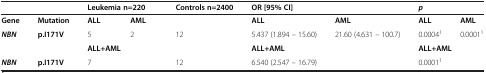
<table><thead><tr><td><b> </b></td><td><b> </b></td><td colspan="2"><b>Leukemia n=220</b></td><td><b>Controls n=2400</b></td><td colspan="2"><b>OR [95% CI]</b></td><td colspan="2"><b><i>p</i></b></td></tr></thead><tbody><tr><td><b>Gene</b></td><td><b>Mutation</b></td><td><b>ALL</b></td><td><b>AML</b></td><td> </td><td><b>ALL</b></td><td><b>AML</b></td><td><b>ALL</b></td><td><b>AML</b></td></tr><tr><td><b><i>NBN</i></b></td><td><b>p.I171V</b></td><td>5</td><td>2</td><td>12</td><td>5.437 (1.894 – 15.60)</td><td>21.60 (4.631 – 100.7)</td><td>0.0004<sup>1</sup></td><td>0.0001<sup>1</sup></td></tr><tr><td> </td><td> </td><td colspan="2"><b>ALL+AML</b></td><td> </td><td colspan="2"><b>ALL+AML</b></td><td colspan="2"><b>ALL+AML</b></td></tr><tr><td><b><i>NBN</i></b></td><td><b>p.I171V</b></td><td colspan="2">7</td><td>12</td><td colspan="2">6.540 (2.547 – 16.79)</td><td colspan="2">0.0001<sup>1</sup></td></tr></tbody></table>